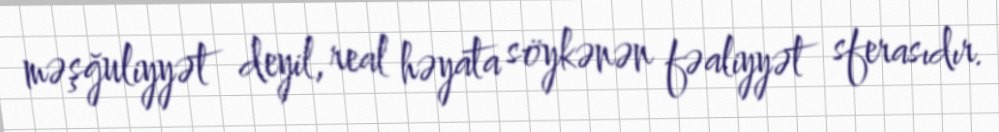
məşğuliyyət deyil, real həyata söykənən fəaliyyət sferasıdır.